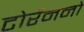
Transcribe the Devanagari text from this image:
टोर्रेननो